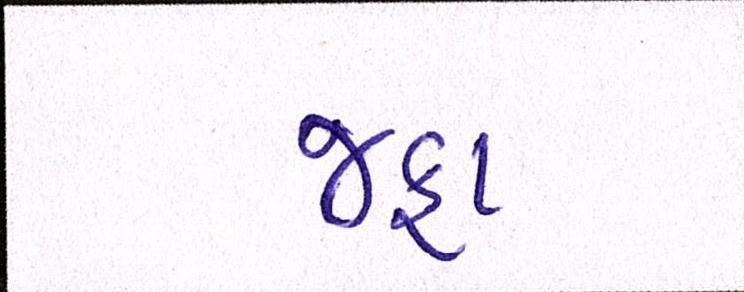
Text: જફા